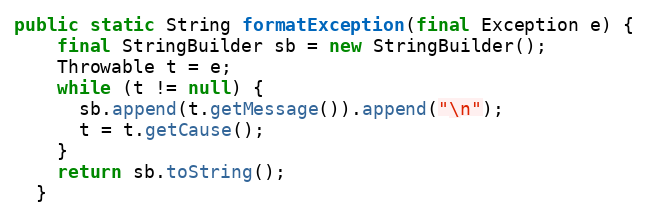
Language: Java
public static String formatException(final Exception e) {
    final StringBuilder sb = new StringBuilder();
    Throwable t = e;
    while (t != null) {
      sb.append(t.getMessage()).append("\n");
      t = t.getCause();
    }
    return sb.toString();
  }